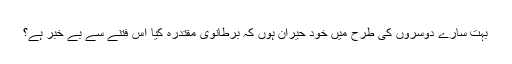
بہت سارے دوسروں کی طرح میں خود حیران ہوں کہ برطانوی مقتدرہ کیا اس فتنے سے بے خبر ہے؟